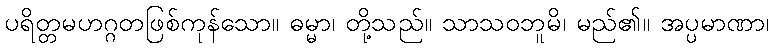
ပရိတ္တမဟဂ္ဂတဖြစ်ကုန်သော။ ဓမ္မာ၊ တို့သည်။ သာသဝဘူမိ၊ မည်၏။ အပ္ပမာဏာ၊